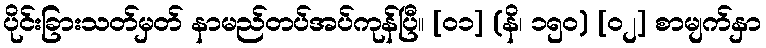
ပိုင်းခြားသတ်မှတ် နာမည်တပ်အပ်ကုန်ပြီ။ [၀၁] (နိ၊ ၁၅၀) [၀၂] စာမျက်နှာ